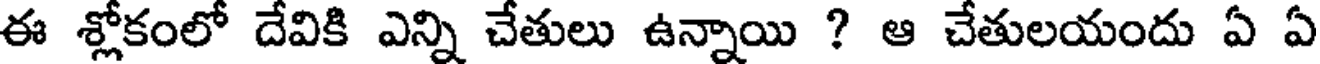
ఈ శ్లోకంలో దేవికి ఎన్ని చేతులు ఉన్నాయి ? ఆ చేతులయందు ఏ ఏ